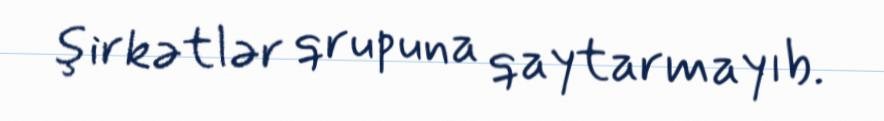
şirkətlər qrupuna qaytarmayıb.